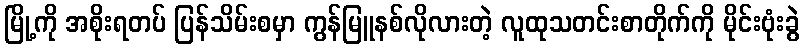
မြို့ကို အစိုးရတပ် ပြန်သိမ်းစမှာ ကွန်မြူနစ်လိုလားတဲ့ လူထုသတင်းစာတိုက်ကို မိုင်းဗုံးခွဲ